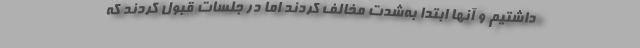
داشتیم و آنها ابتدا به‌شدت مخالف کردند اما در جلسات قبول کردند که